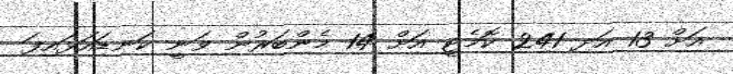
އަށް 13 އަދި 241 ކޮމެޓީ އަށް 14 މެންބަރުން ވަނީ ކަނޑައަޅައިފަ